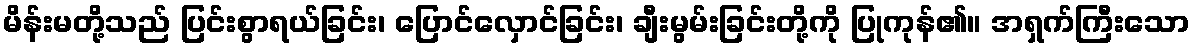
မိန်းမတို့သည် ပြင်းစွာရယ်ခြင်း၊ ပြောင်လှောင်ခြင်း၊ ချီးမွမ်းခြင်းတို့ကို ပြုကုန်၏။ အရှက်ကြီးသော